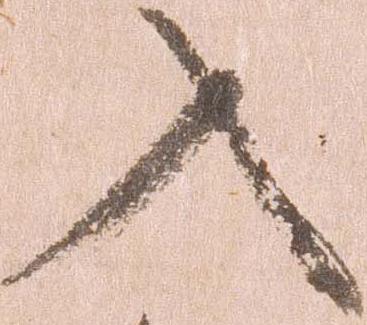
入